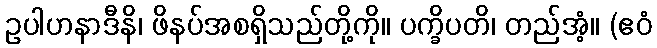
ဥပါဟနာဒီနိ၊ ဖိနပ်အစရှိသည်တို့ကို။ ပက္ခိပတိ၊ တည်အံ့။ (ဧဝံ